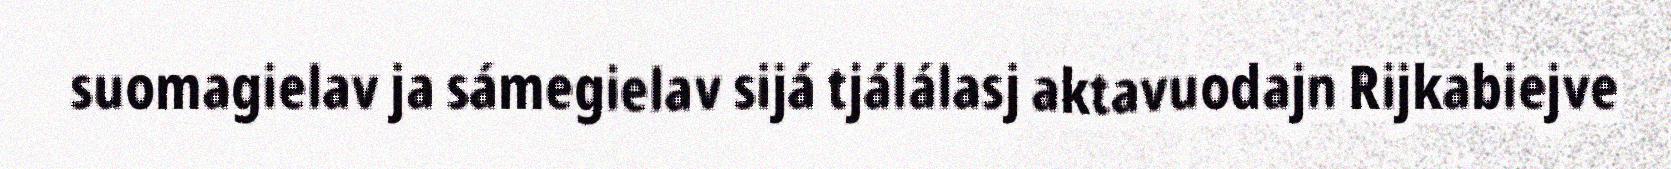
suomagielav ja sámegielav sijá tjálálasj aktavuodajn Rijkabiejve